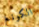
الكونغ